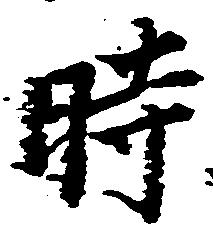
時